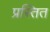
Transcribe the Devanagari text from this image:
प्रस्तित